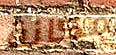
مكانة